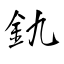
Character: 釚